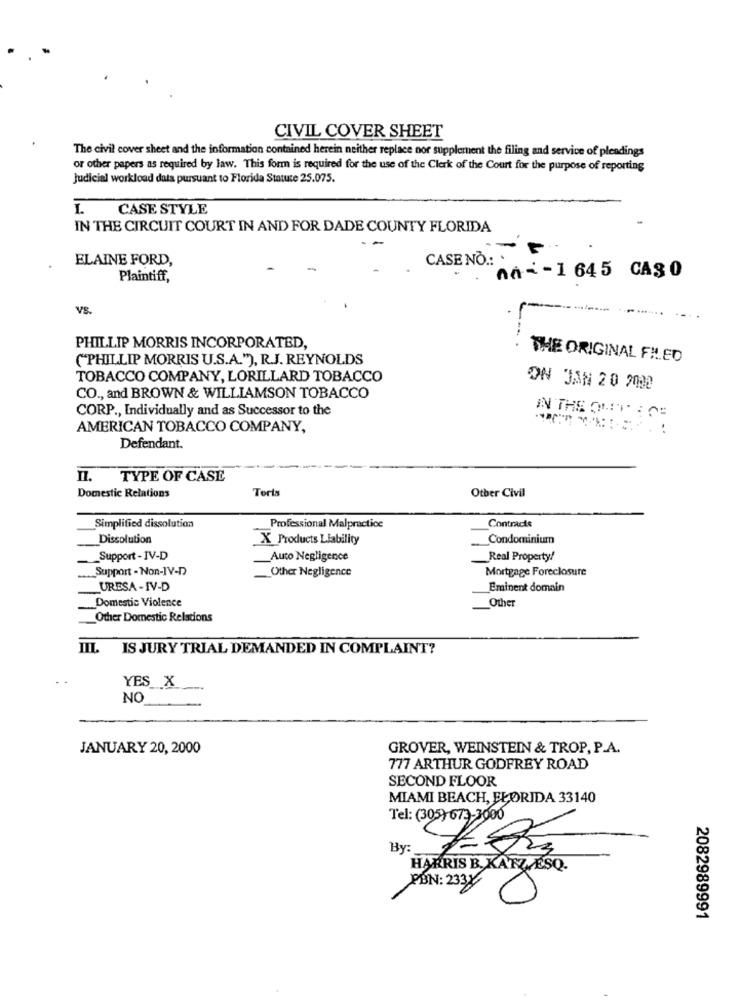
CIVIL COVER SHEET
The civil cover sheet and the information contained herein neither replace nor supplement the filing and service of pleadings
or other papers as required by law. This form is required for the use of the Clerk of the Court for the purpose of reporting
Judicial workload data pursuant to Florida Statute 25.075.
I. CASE STYLE
IN THE CIRCUIT COURT IN AND FOR DADE COUNTY FLORIDA
CASENO:P.
ELAINE FORD,
Plaintiff,
na --- 1 645 CA30
VS.
PHILLIP MORRIS INCORPORATED,
("PHILLIP MORRIS U.S.A."), R.J. REYNOLDS
THE ORIGINAL FILED
TOBACCO COMPANY, LORILLARD TOBACCO
ON JAN 20 2000
CO ., and BROWN & WILLIAMSON TOBACCO
CORP ., Individually and as Successor to the
ANTHE OLD:05
AMERICAN TOBACCO COMPANY,
Defendant.
n.
TYPE OF CASE
Torts
Other Civil
Domestic Relations
Simplified dissolution
Professional Malpractice
Contracts
Dissolution
X Products Liability
Condominium
Support- IV-D
Auto Negligence
Real Property!
Support - Non-IV-D
Other Negligence
Mortgage Foreclosure
URESA - IV-D
Eminent domain
Domestic Violence
Other
Other Domestic Relations
IIL IS JURY TRIAL DEMANDED IN COMPLAINT?
YES_X
NO
JANUARY 20, 2000
GROVER, WEINSTEIN & TROP, P.A.
777 ARTHUR GODFREY ROAD
SECOND FLOOR
MIAMI BEACH, FLORIDA 33140
Tel: (305)673-2000
By:
HARRIS B. KATZ ESQ.
PBN: 2331
2082989991